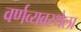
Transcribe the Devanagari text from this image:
वर्णव्यवस्थेला